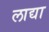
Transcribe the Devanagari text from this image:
लाद्या